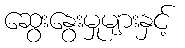
ဆွေးနွေးမှုများနှင့်